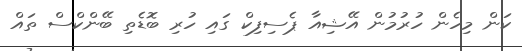
ކަން މިހެން ހުރުމުން އޭޝިއާ ޕެސިފިކް ގައި ހުރި ބޮޑެތި ބޭންކްސް ތައް